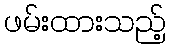
ဖမ်းထားသည့်